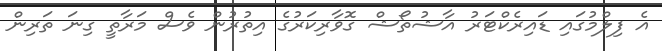
އެ ފިލްމުގައި ޑައިރެކްޓަރު އާޝުތޯޝް ގޮވާރިކަރުގެ އިތުރުން ވެސް މަރާތީ ގިނަ ތަރިން